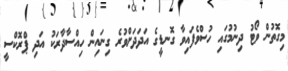
މިގޮތުން ވޯޓު ދިނުމުގައި ހުސްވެފައިވާ ގޮނޑީގެ އަދަދަށްވުރެ ގިނައިން ހިއްސާދާރަކު އަދި ޕްރޮކްސީ